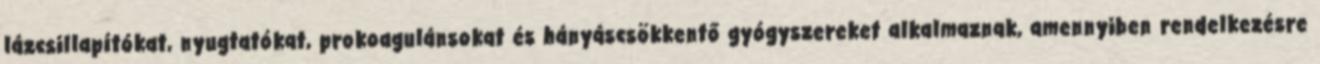
lázcsillapítókat, nyugtatókat, prokoagulánsokat és hányáscsökkentő gyógyszereket alkalmaznak, amennyiben rendelkezésre